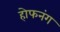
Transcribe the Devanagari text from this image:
होफनंग